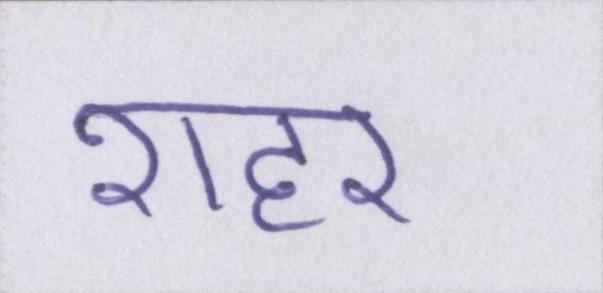
शहर